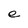
Character: e